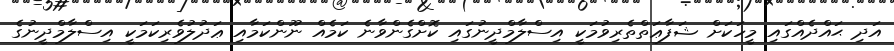
އަދި ޙައްދެއްގައި މީހަކަށް ޝަފާޢަތްތެރިވުމަކީ އިސްލާމްދީނުގައި ކޮށްގެންވާނެ ކަމެއް ނޫންކަމާއި ޢަދުލުވެރިކަމަކީ އިސްލާމްދީނުގެ